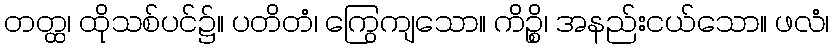
တတ္ထ၊ ထိုသစ်ပင်၌။ ပတိတံ၊ ကြွေကျသော။ ကိဉ္စိ၊ အနည်းငယ်သော။ ဖလံ၊